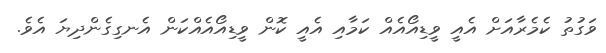
ވަގުތު ކެމެރާއަށް އެއީ ވީޑިއޯއެއް ކަމާއި އެއީ ކޮން ވީޑިއޯއެއްކަން އެނގިގެންދިޔަ އެވެ.